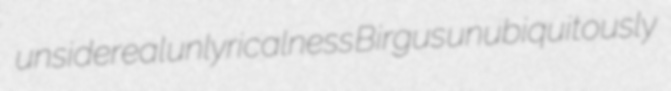
unsidereal unlyricalness Birgus unubiquitously